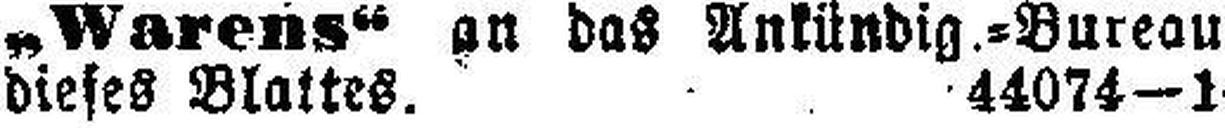
dieses Blattes. 44074—1